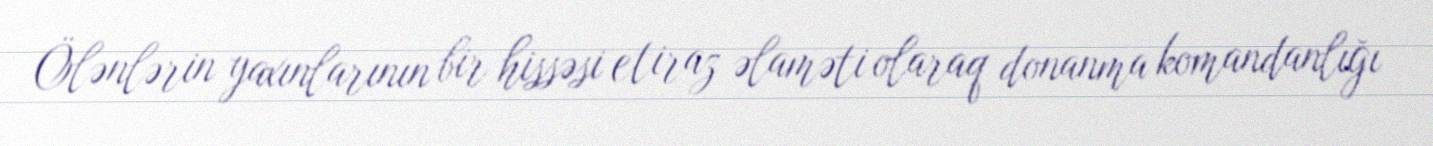
Ölənlərin yaxınlarının bir hissəsi etiraz əlaməti olaraq donanma komandanlığı